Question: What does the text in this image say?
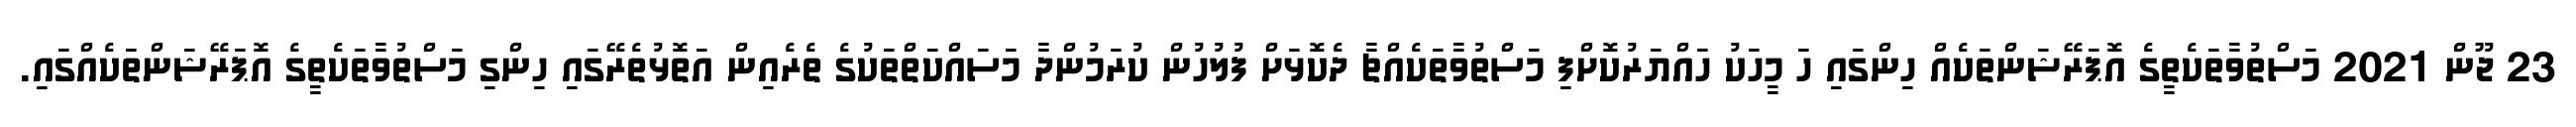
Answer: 23 ޖޫން 2021 މަސްތުވާތަކެތީގެ އޮޕަރޭޝަންތަކެއް ހިންގައި ހަ މީހަކު ހައްޔަރުކޮށްފި މަސްތުވާތަކެއްޗާ ދެކޮޅަށް ފުލުހުން ކުރަމުންދާ މަސައްކަތްތަކުގެ ތެރެއިން އަތޮޅުތެރޭގައި ހިންގި މަސްތުވާތަކެތީގެ އޮޕަރޭޝަންތަކެއްގައި.